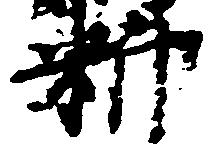
料